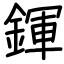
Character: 鍕